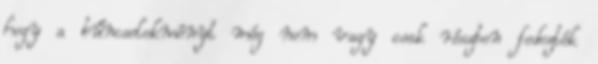
hogy a bűncselekményt még nem vagy csak részben fedezték